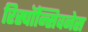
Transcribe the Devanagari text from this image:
रिस्पॉन्सिवनेस